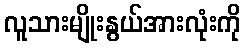
လူသားမျိုးနွယ်အားလုံးကို